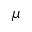
\mu